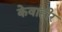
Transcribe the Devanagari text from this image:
केवाहीर